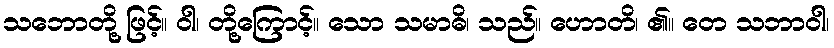
သဘောတို့ ဖြင့်။ ဝါ၊ တို့ကြောင့်။ သော သမာဓိ၊ သည်။ ဟောတိ၊ ၏။ တေ သဘာဝါ၊